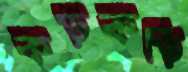
কড়কড়ি